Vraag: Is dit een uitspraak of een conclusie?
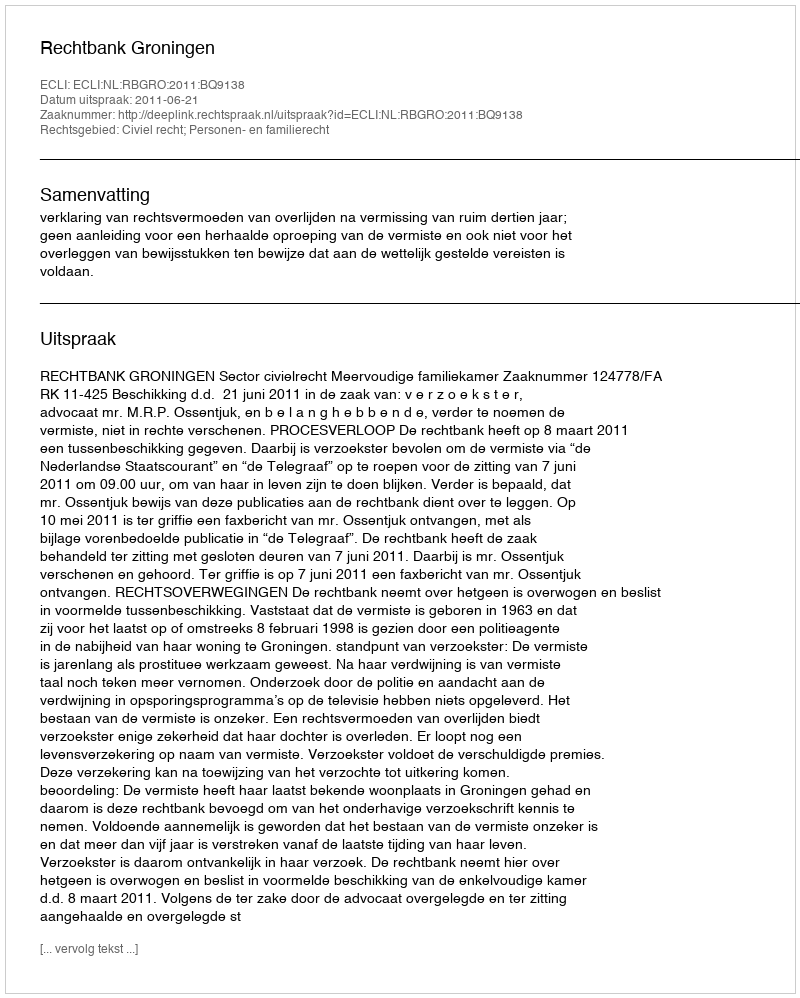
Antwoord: Uitspraak